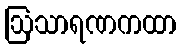
ဩသာရဏကထာ